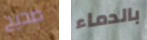
صحيح بالدماء